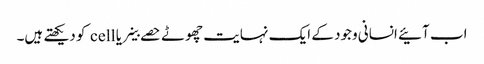
اب آئیے انسانی وجود کے ایک نہایت چھوٹے حصے خلیے یا cell کو دیکھتے ہیں۔